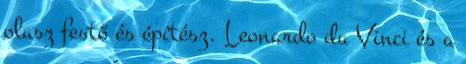
olasz festő és építész. Leonardo da Vinci és a